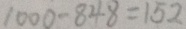
1 0 0 0 - 8 4 8 = 1 5 2